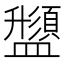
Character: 𱲟